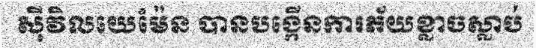
ស៊ីវិលយេម៉ែន បានបង្កើនការភ័យខ្លាចស្លាប់